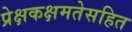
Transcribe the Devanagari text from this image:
प्रेक्षकक्षमतेसहित